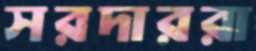
সরদাররা